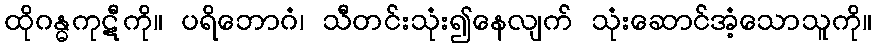
ထိုဂန္ဓကုဋီကို။ ပရိဘောဂံ၊ သီတင်းသုံး၍နေလျက် သုံးဆောင်အံ့သောသူကို။